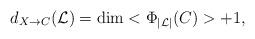
LaTeX: \begin{align*}d_{X\to C}(\mathcal{L})=\dim <\Phi_{|\mathcal{L}|}(C)>+1,\end{align*}